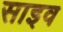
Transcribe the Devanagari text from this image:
साइव